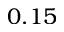
0 . 1 5